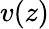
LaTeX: v(z)